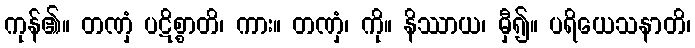
ကုန်၏။ တဏှံ ပဋိစ္စာတိ၊ ကား။ တဏှံ၊ ကို။ နိဿာယ၊ မှီ၍။ ပရိယေသနာတိ၊